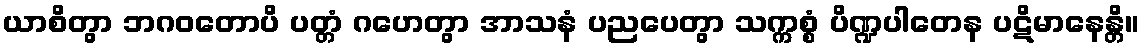
ယာစိတွာ ဘဂဝတောပိ ပတ္တံ ဂဟေတွာ အာသနံ ပညပေတွာ သက္ကစ္စံ ပိဏ္ဍပါတေန ပဋိမာနေန္တိ။